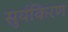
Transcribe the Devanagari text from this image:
सुर्यकिरण